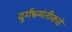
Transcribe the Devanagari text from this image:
दुर्गभ्रमंतीकडे